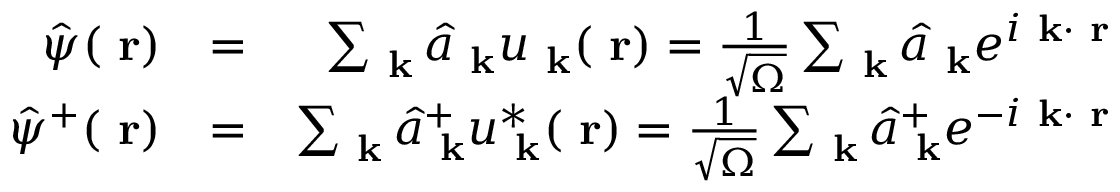
\begin{array} { r l r } { \hat { \psi } ( \mathrm { \bf ~ r } ) } & { = } & { \sum _ { \mathrm { \bf ~ k } } \hat { a } _ { \mathrm { \bf ~ k } } u _ { \mathrm { \bf ~ k } } ( \mathrm { \bf ~ r } ) = \frac { 1 } { \sqrt { \Omega } } \sum _ { \mathrm { \bf ~ k } } \hat { a } _ { \mathrm { \bf ~ k } } e ^ { i \mathrm { \bf ~ k } \cdot \mathrm { \bf ~ r } } } \\ { \hat { \psi } ^ { + } ( \mathrm { \bf ~ r } ) } & { = } & { \sum _ { \mathrm { \bf ~ k } } \hat { a } _ { \mathrm { \bf ~ k } } ^ { + } u _ { \mathrm { \bf ~ k } } ^ { * } ( \mathrm { \bf ~ r } ) = \frac { 1 } { \sqrt { \Omega } } \sum _ { \mathrm { \bf ~ k } } \hat { a } _ { \mathrm { \bf ~ k } } ^ { + } e ^ { - i \mathrm { \bf ~ k } \cdot \mathrm { \bf ~ r } } } \end{array}